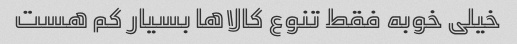
خیلی خوبه فقط تنوع کالاها بسیار کم هست